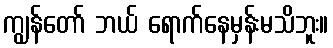
ကျွန်တော် ဘယ် ရောက်နေမှန်းမသိဘူး။